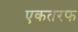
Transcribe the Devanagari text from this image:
एकतरफ